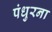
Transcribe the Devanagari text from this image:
पंधुरना